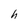
Character: h